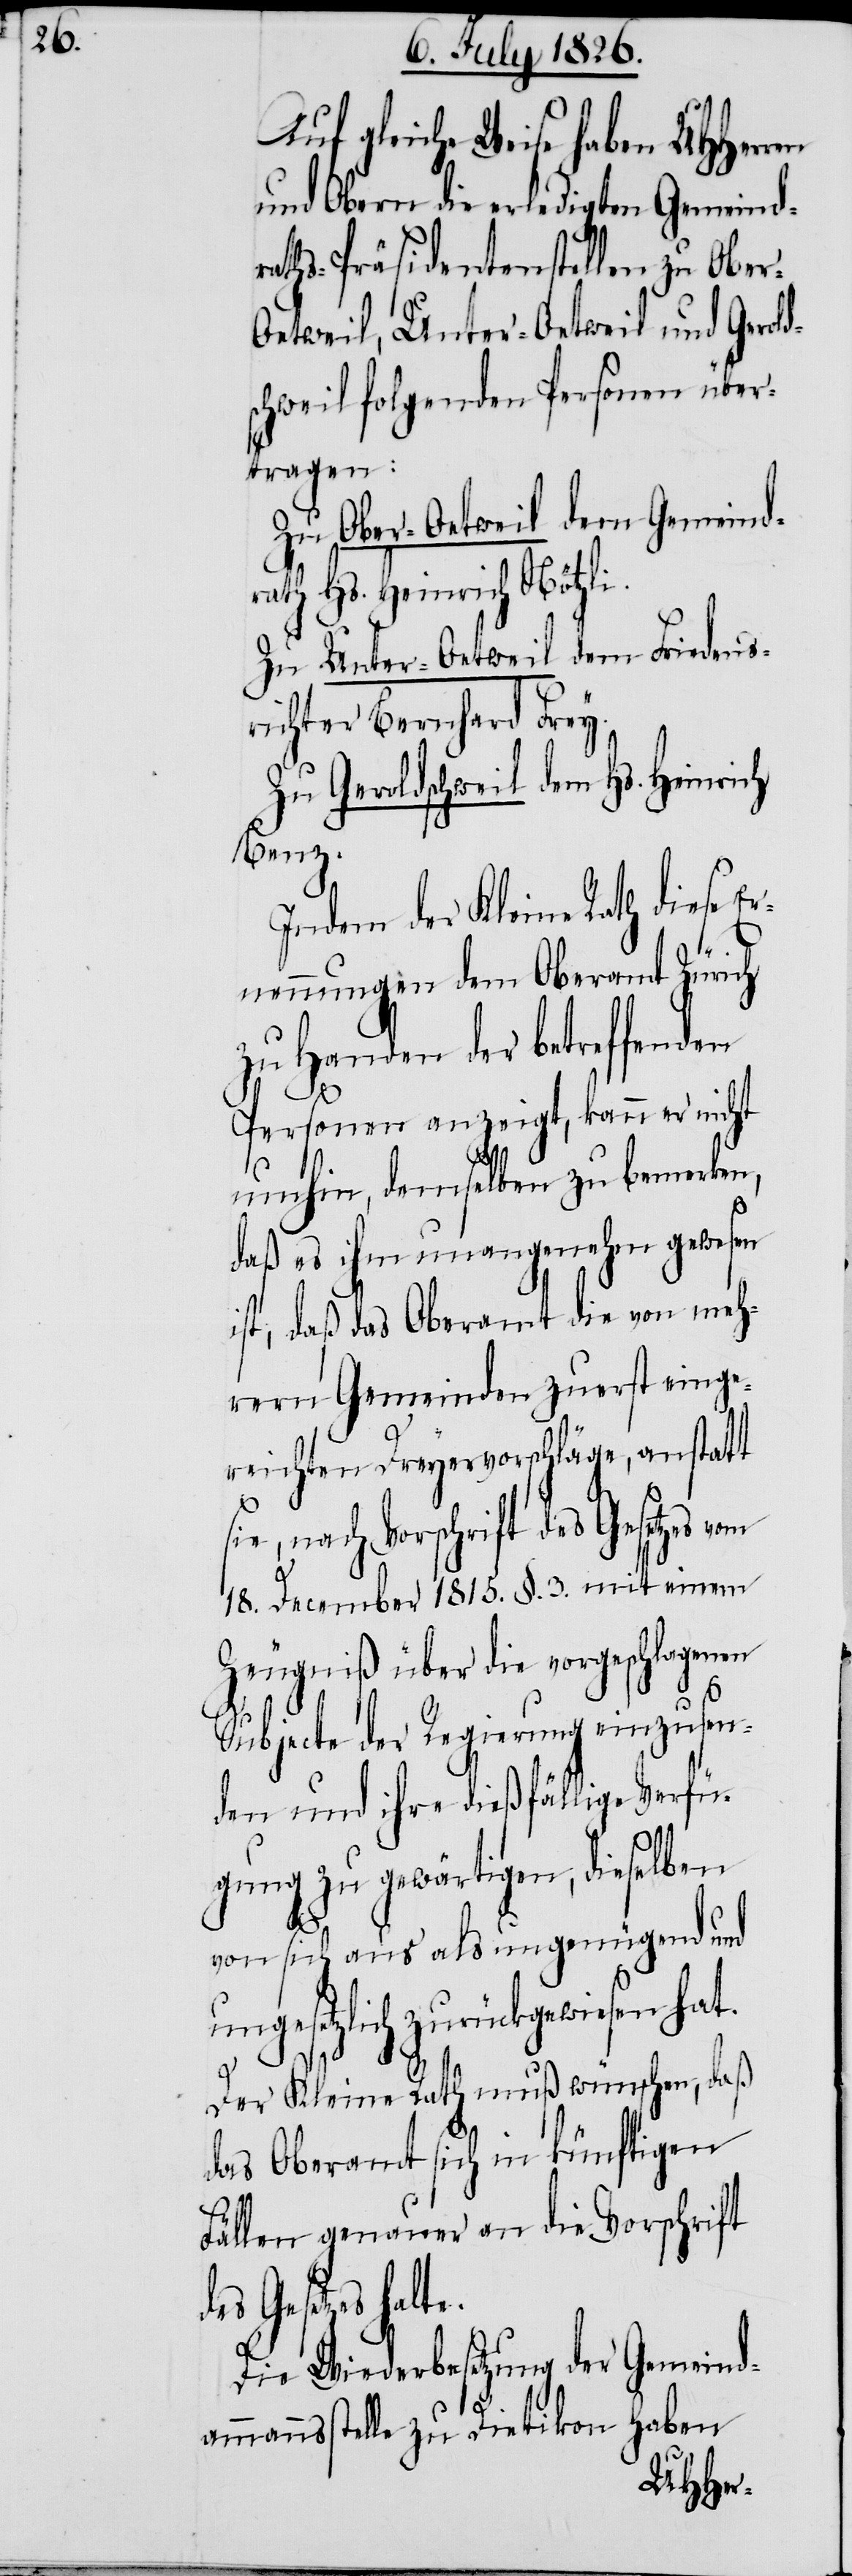
Auf gleiche Weise haben MHHerren
und Obern die erledigten Gemeind¬
raths-Präsidentenstellen zu Obe¬
etweil, Unter-Oetweil und Gerold¬
schweil folgenden Personen über¬
tragen:
Zu Ober-Oetweil dem Gemeindr¬
ath Hs. Heinrich Nötzli.
Zu Unter-Oetweil dem Friedens¬
richter Bernhard Frey.
Zu Geroldschweil dem Hs. Heinrich
Benz.
Indem der Kleine Rath diese Er¬
nennungen dem Oberamt Zürich
zu Handen der betreffenden
Personen anzeigt, kann er nicht
umhin, demselben zu bemerken,
daß es ihm unangenehm gewesen
ist, daß das Oberamt die von meh¬
rern Gemeinden zuerst einge¬
reichten Dreyervorschläge, anstatt
sie, nach Vorschrift des Gesetzes vom
r-O¬
18. December 1815. §. 2. mit einem
Zeugniß über die vorgeschlagenen
Subjecte der Regierung einzusen¬
den und ihre dießfällige Verfü¬
gung zu gewärtigen, dieselben
von sich aus als ungenügend und
ungesetzlich zurückgewiesen hat.
Der Kleine Rath muß wünschen, daß
das Oberamt sich in künftigen
Fällen genauer an die Vorschrift
des Gesetzes
Die Wiederbesetzung der Gemeind¬
ammannsstelle zu Dietikon haben
halte.